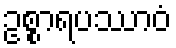
ဥစ္စာရပဿာဝံ